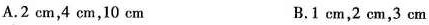
A. 2 cm,4 cm,10 cm B.1 cm,2 cm,3 cm